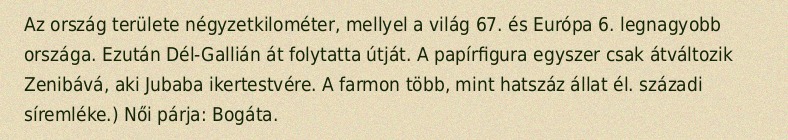
Az ország területe négyzetkilométer, mellyel a világ 67. és Európa 6. legnagyobb országa. Ezután Dél-Gallián át folytatta útját. A papírfigura egyszer csak átváltozik Zenibává, aki Jubaba ikertestvére. A farmon több, mint hatszáz állat él. századi síremléke.) Női párja: Bogáta.